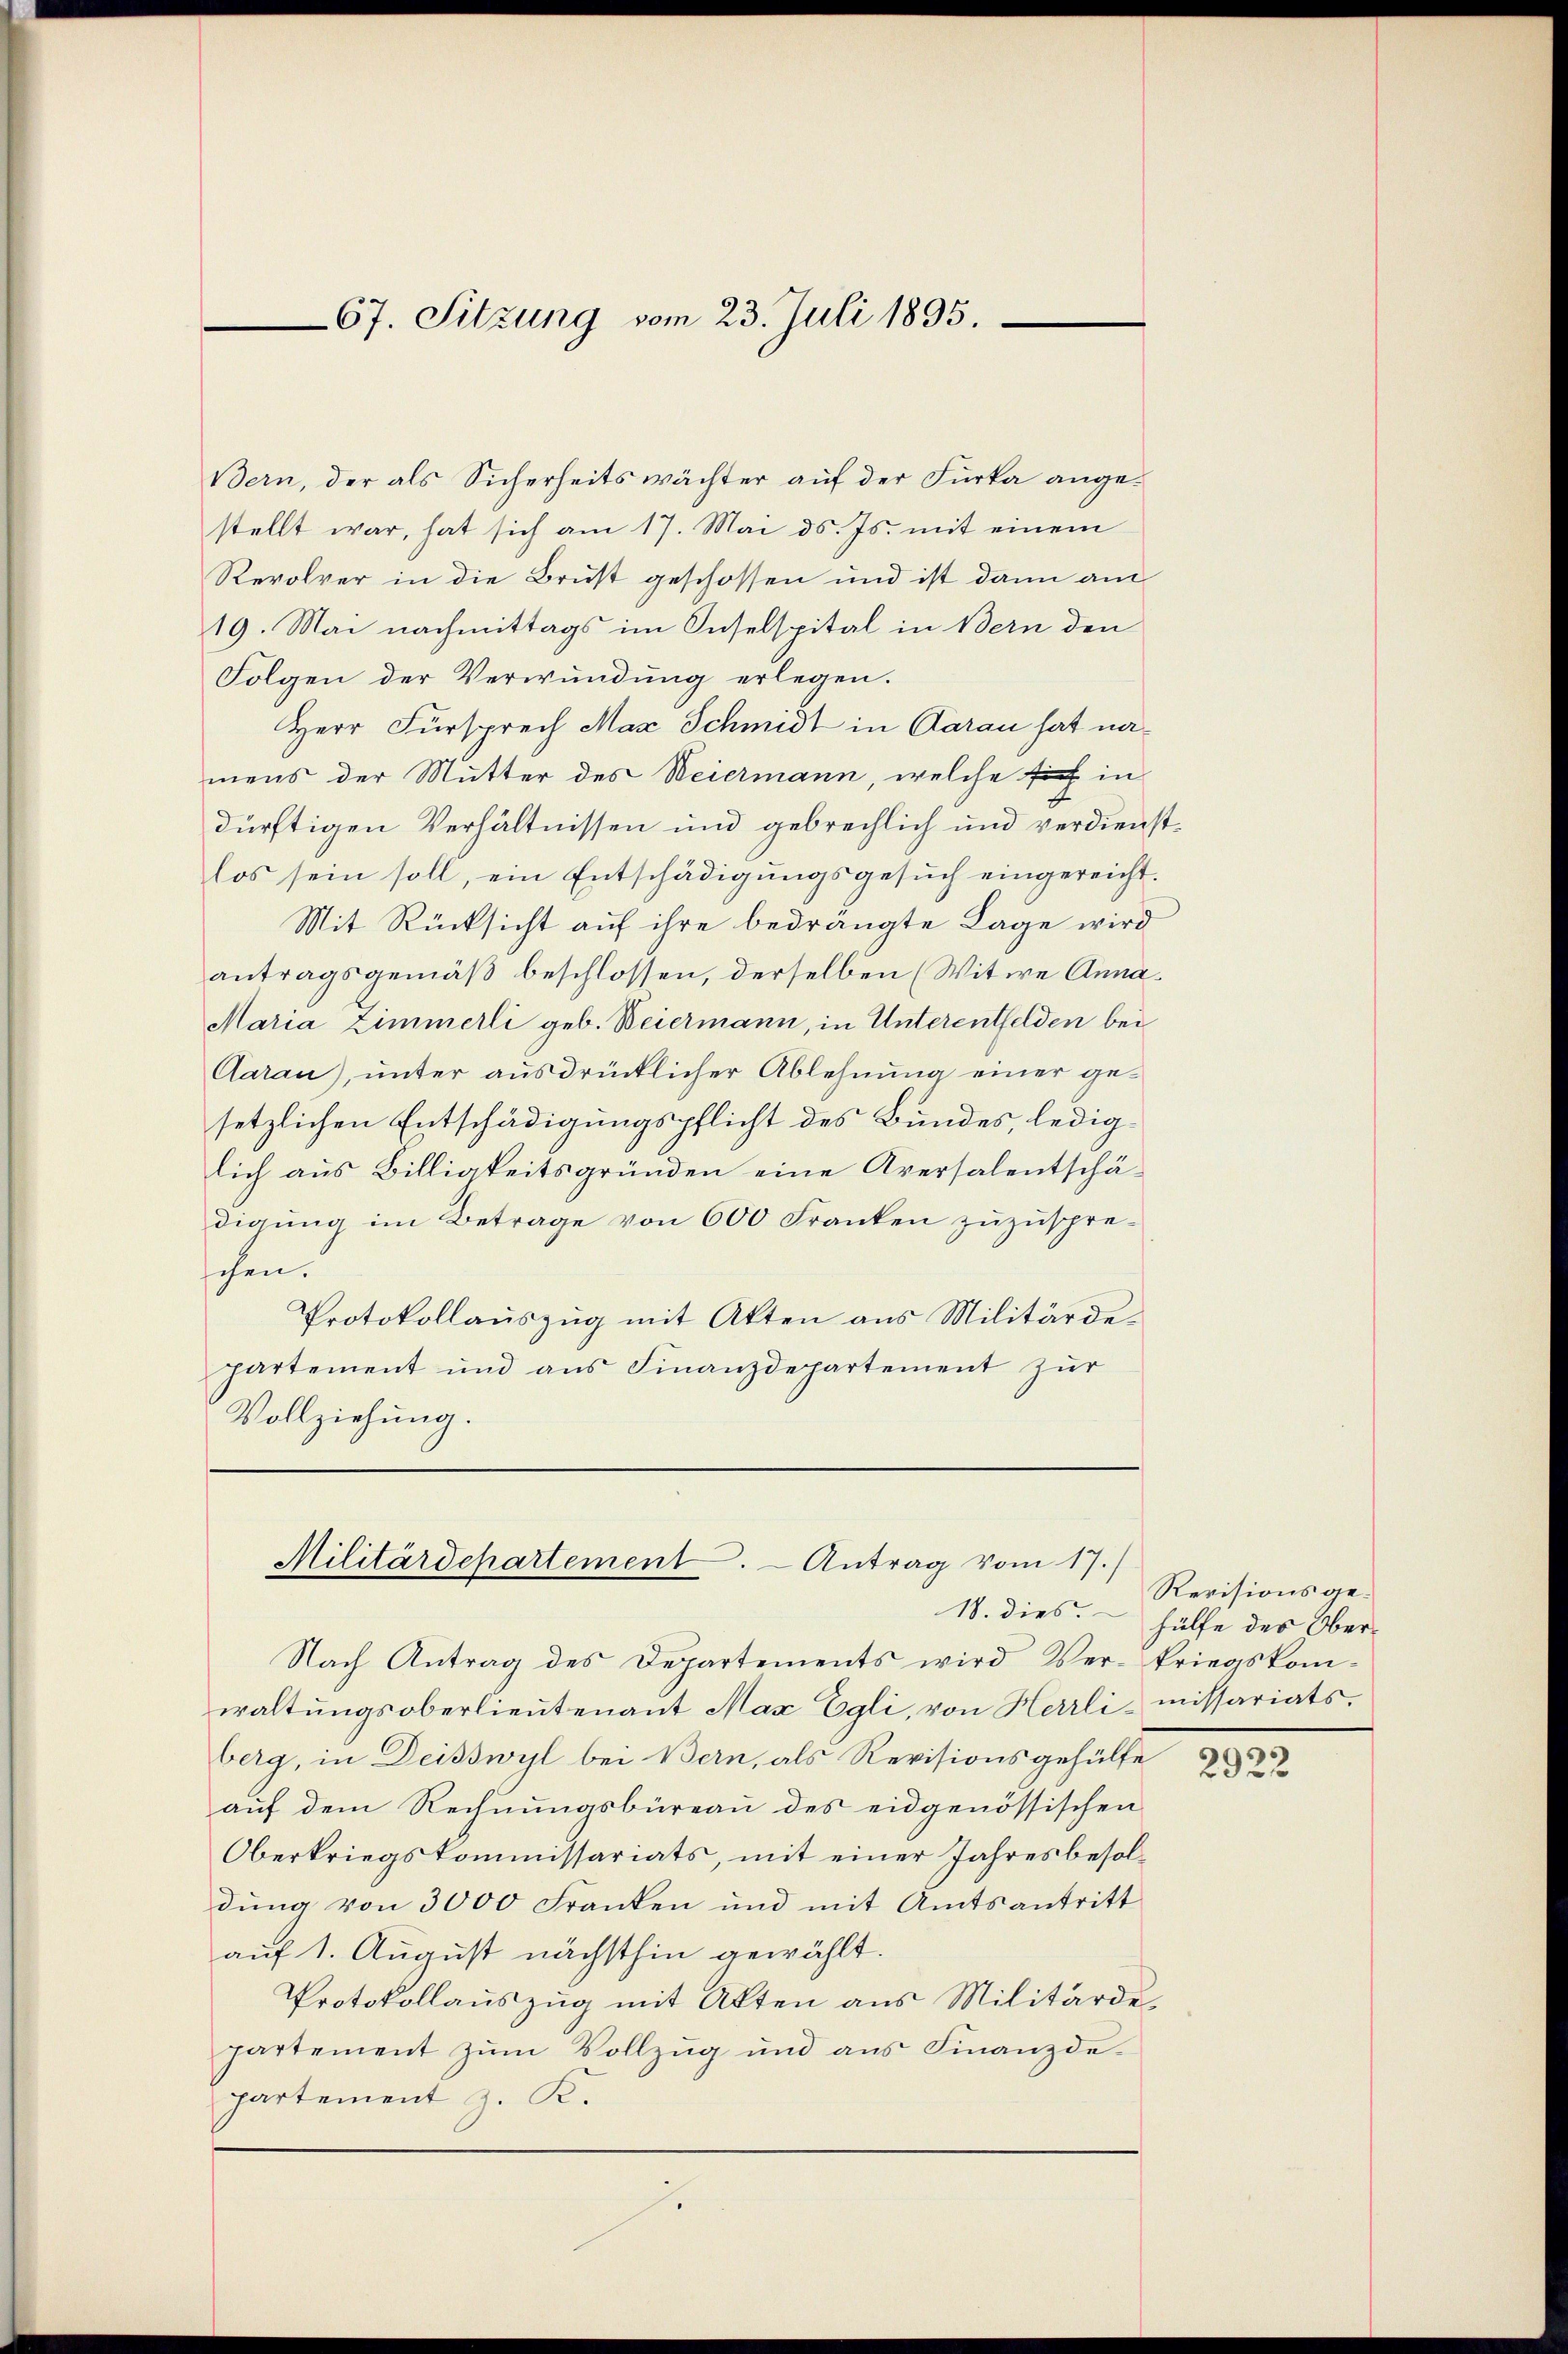
67. Sitzung vom 23. Juli 1895.

Militärdepartement. - Antrag vom 17.)

Bern, der als Sicherheitswächter auf der Furka angestellt war, hat sich am 17. Mai d. Js. mit einem
Revolver in die Brust geschossen und ist dann am
19. Mai nachmittags im Inselspital in Bern den
Folgen der Verwundung erlegen.
Herr Fürsprech Max Schmidt in Baran hat namens der Mutter des Weiermann, welche sich in
4
dürftigen Verhältnissen und gebrechlich und verdienstlos sein soll, ein Entschädigungsgesuch eingereicht.
Mit Rücksicht auf ihre bedrängte Lage wird
antragsgemäß beschlossen, derselben (Witwe Anna¬
Maria Zimmerli geb. Weiermann, in Unterentfelden bei
Aarau), unter ausdrücklicher Ablehnung einer gesetzlichen Entschädigungspflicht des Bundes, lediglich aus Billigkeitsgründen eine Aversalentschädigung im Betrage von 600 Franken zuzusprechen.
Protokollauszug mit Akten aus Militärdepartement und ans Finanzdepartement zŭr
Vollziehung.

s

Nach Antrag des Departements wird Ver- kriegskomwaltungsoberlieutenant Max Egli, von Herrli- missariatsberg, in Deisswyl bei Bern, als Revisionsgehülfe
auf dem Rechnungsbüreau des eidgenössischen
Oberkriegskommissariats, mit einer Jahresbesoldung von 3000 Franken und mit Amtsantritt
auf 1. August nächsthin gewählt.
Protokollauszug mit Akten aus Militärde
partement zum Vollzug und ans Finanzde-
partement z. K.

Revisionsge¬
18. dies. Hülfe des Ober-

2922